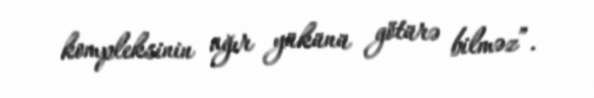
kompleksinin ağır yükünü götürə bilməz”.